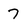
Character: 7